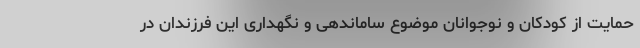
حمایت از کودکان و نوجوانان موضوع ساماندهی و نگهداری این فرزندان در